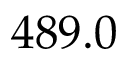
4 8 9 . 0